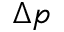
\Delta p